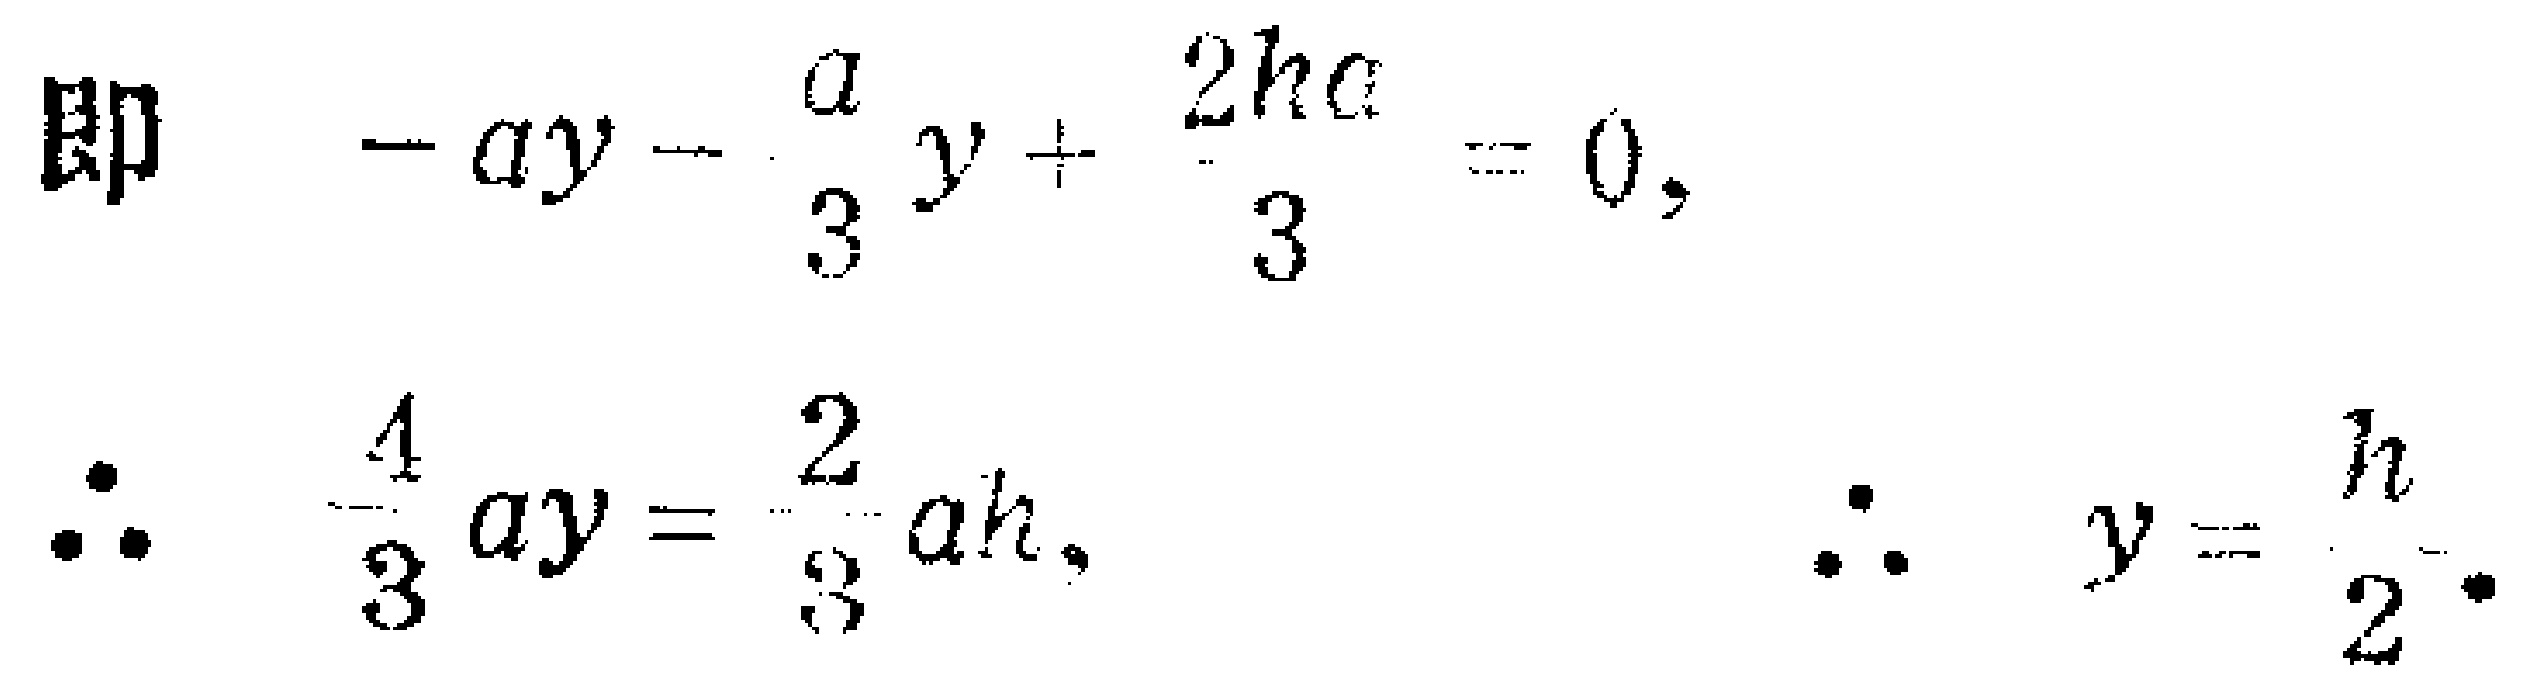
即 \(-ay - \frac{a}{3}y + \frac{2ha}{3} = 0,\)
\(\therefore -\frac{4}{3}ay = -\frac{2}{3}ah,\) \(\therefore y = \frac{h}{2}.\)